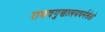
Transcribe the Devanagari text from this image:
राघवगुणालयधर्मसेतो